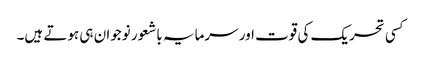
کسی تحریک کی قوت اور سرمایہ باشعور نوجوان ہی ہوتے ہیں۔